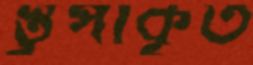
স্তূপাকৃত